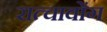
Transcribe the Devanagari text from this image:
रात्चावोंग